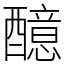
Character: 醷